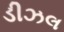
ડીઝલ